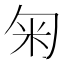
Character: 匊